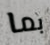
بما